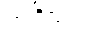
ဤဒိသကံ